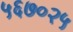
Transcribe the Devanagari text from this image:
५६७०२५